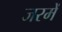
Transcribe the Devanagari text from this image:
जरमें